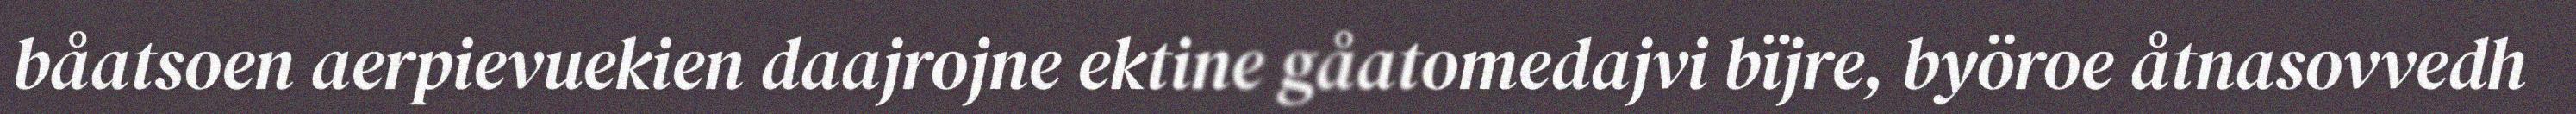
båatsoen aerpievuekien daajrojne ektine gåatomedajvi bïjre, byöroe åtnasovvedh